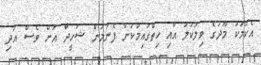
އެކަމަކު މޫދުގެ ވިލުކުލަ އާއި ހިތްގައިމުކަން ފެނުމުން ޝަހީދާ އަށް ވެސް އަދި